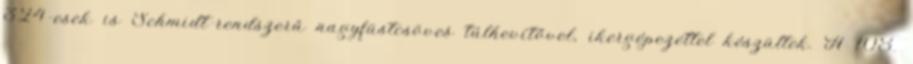
324-esek is Schmidt-rendszerű nagyfüstcsöves túlhevítővel, ikergépezettel készültek. A 108.